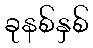
ခုနစ်နှစ်